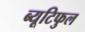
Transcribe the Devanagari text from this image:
ब्यूटिफुल